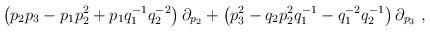
LaTeX: \begin{align*}\left(p_2p_3- p_1 p_2^2 + p_1 q_1^{-1}q_2^{-2}\right) \partial_{p_2}+\left(p_3^2- q_2 p_2^2 q_1^{-1}- q_1^{-2}q_2^{-1}\right) \partial_{p_3} \;,\end{align*}